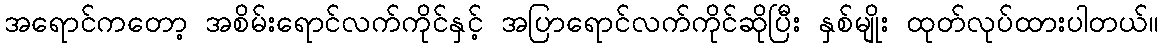
အရောင်ကတော့ အစိမ်းရောင်လက်ကိုင်နှင့် အပြာရောင်လက်ကိုင်ဆိုပြီး နှစ်မျိုး ထုတ်လုပ်ထားပါတယ်။